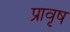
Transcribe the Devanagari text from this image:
प्रावृष